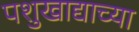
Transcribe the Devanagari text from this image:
पशुखाद्याच्या